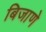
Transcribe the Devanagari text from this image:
बिजाणे